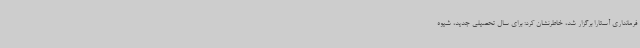
فرمانداری آستارا برگزار شد، خاطرنشان کرد: برای سال تحصیلی جدید، شیوه